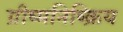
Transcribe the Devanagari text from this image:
ग्रीष्मनिष्क्रिय